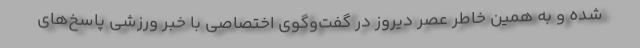
شده و به همین خاطر عصر دیروز در گفت‌وگوی اختصاصی با خبر ورزشی پاسخ‌های